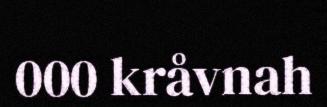
000 kråvnah